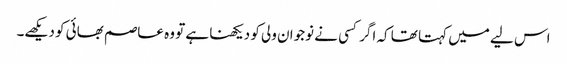
اس لیے میں کہتا تھا کہ اگر کسی نے نوجوان ولی کو دیکھنا ہے تو وہ عاصم بھائی کو دیکھے۔